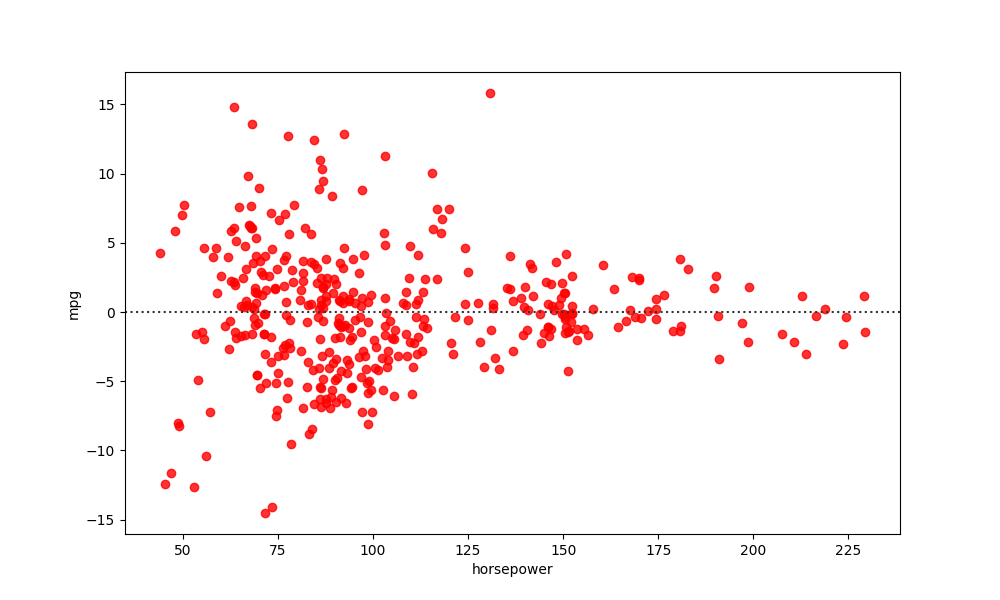
python, seaborn, residplot, lowess=False, scatter_color=red